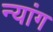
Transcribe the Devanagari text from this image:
न्यांग